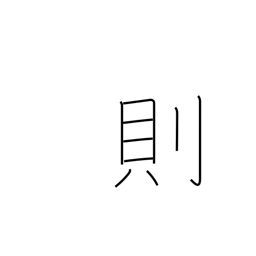
Meaning: model after